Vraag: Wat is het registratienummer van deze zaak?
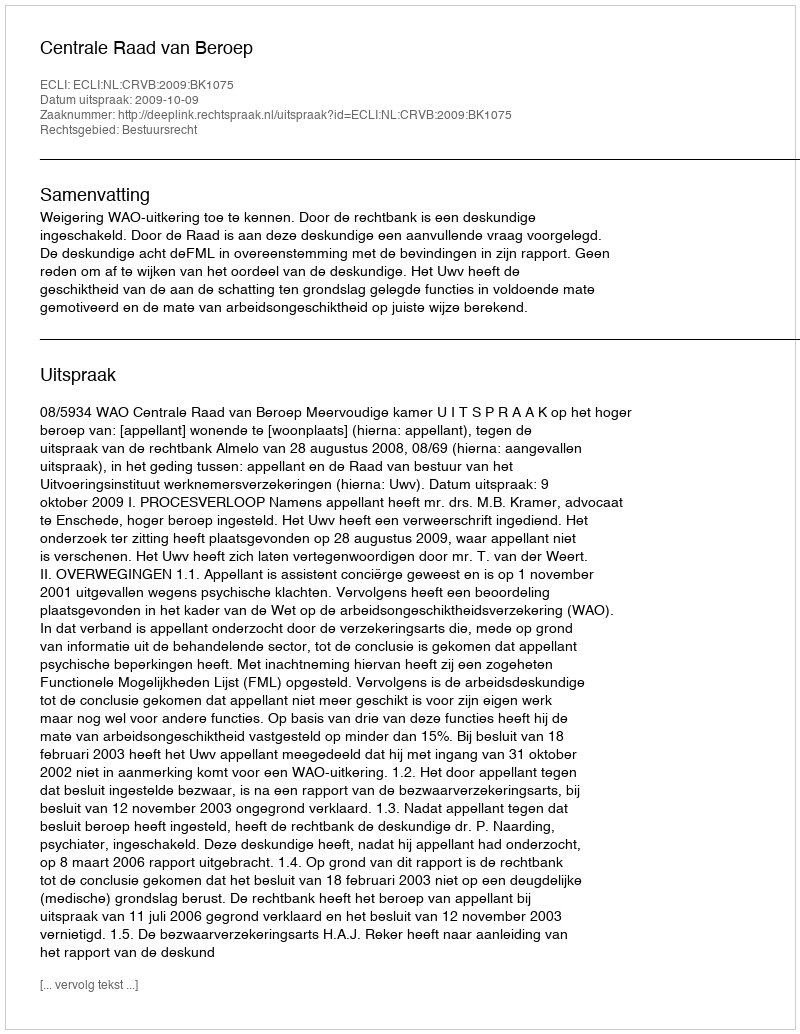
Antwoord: http://deeplink.rechtspraak.nl/uitspraak?id=ECLI:NL:CRVB:2009:BK1075